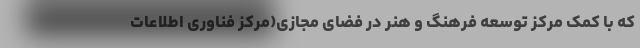
که با کمک مرکز توسعه فرهنگ و هنر در فضای مجازی(مرکز فناوری اطلاعات